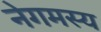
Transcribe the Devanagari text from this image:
नेगमस्य